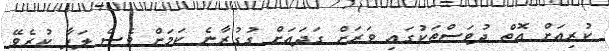
ކުރިއަށް އޮތް ދުވަސްތަކުގައި ވަރަށް ގަދައަށް ގުގުރާނެ ކަމަށް ވެސް ލަފާ ކުރެވޭ